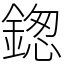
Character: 鍯